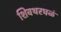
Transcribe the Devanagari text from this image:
शिवथरघळं